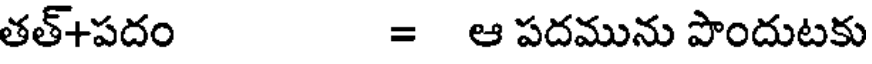
తత్+పదం = ఆ పదమును పొందుటకు